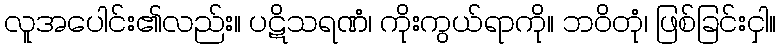
လူအပေါင်း၏လည်း။ ပဋိသရဏံ၊ ကိုးကွယ်ရာကို။ ဘဝိတုံ၊ ဖြစ်ခြင်းငှါ။